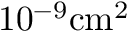
\mathrm { 1 0 ^ { - 9 } c m ^ { 2 } }